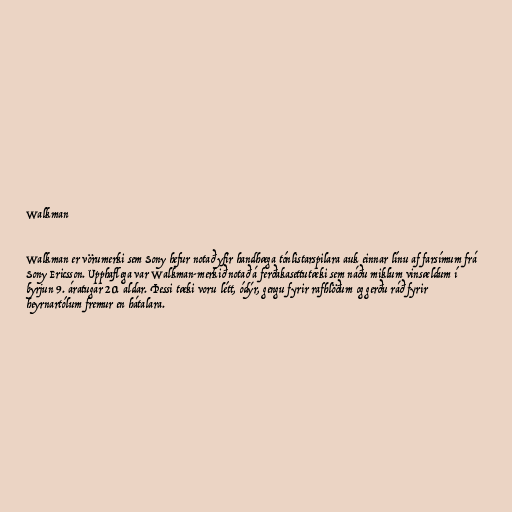
Walkman

Walkman er vörumerki sem Sony hefur notað yfir handhæga tónlistarspilara auk einnar línu af farsímum frá
Sony Ericsson. Upphaflega var Walkman-merkið notað á ferðakasettutæki sem náðu miklum vinsældum í
byrjun 9. áratugar 20. aldar. Þessi tæki voru létt, ódýr, gengu fyrir rafhlöðum og gerðu ráð fyrir
heyrnartólum fremur en hátalara.